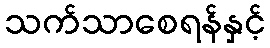
သက်သာစေရန်နှင့်